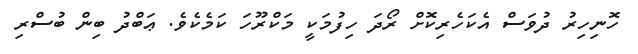
ހޮނިހިރު ދުވަސް އެކަހެރިކޮށް ރޯދަ ހިފުމަކީ މަކްރޫހަ ކަމެކެވެ. ޢަބްދު ބިން ބުސްރި